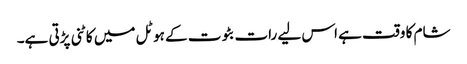
شام کا وقت ہے اس لیے رات بٹوت کے ہوٹل میں کاٹنی پڑتی ہے۔